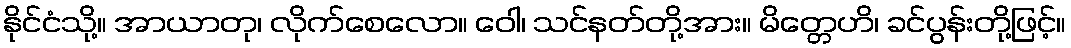
နိုင်ငံသို့။ အာယာတု၊ လိုက်စေလော။ ဝေါ၊ သင်နတ်တို့အား။ မိတ္တေဟိ၊ ခင်ပွန်းတို့ဖြင့်။